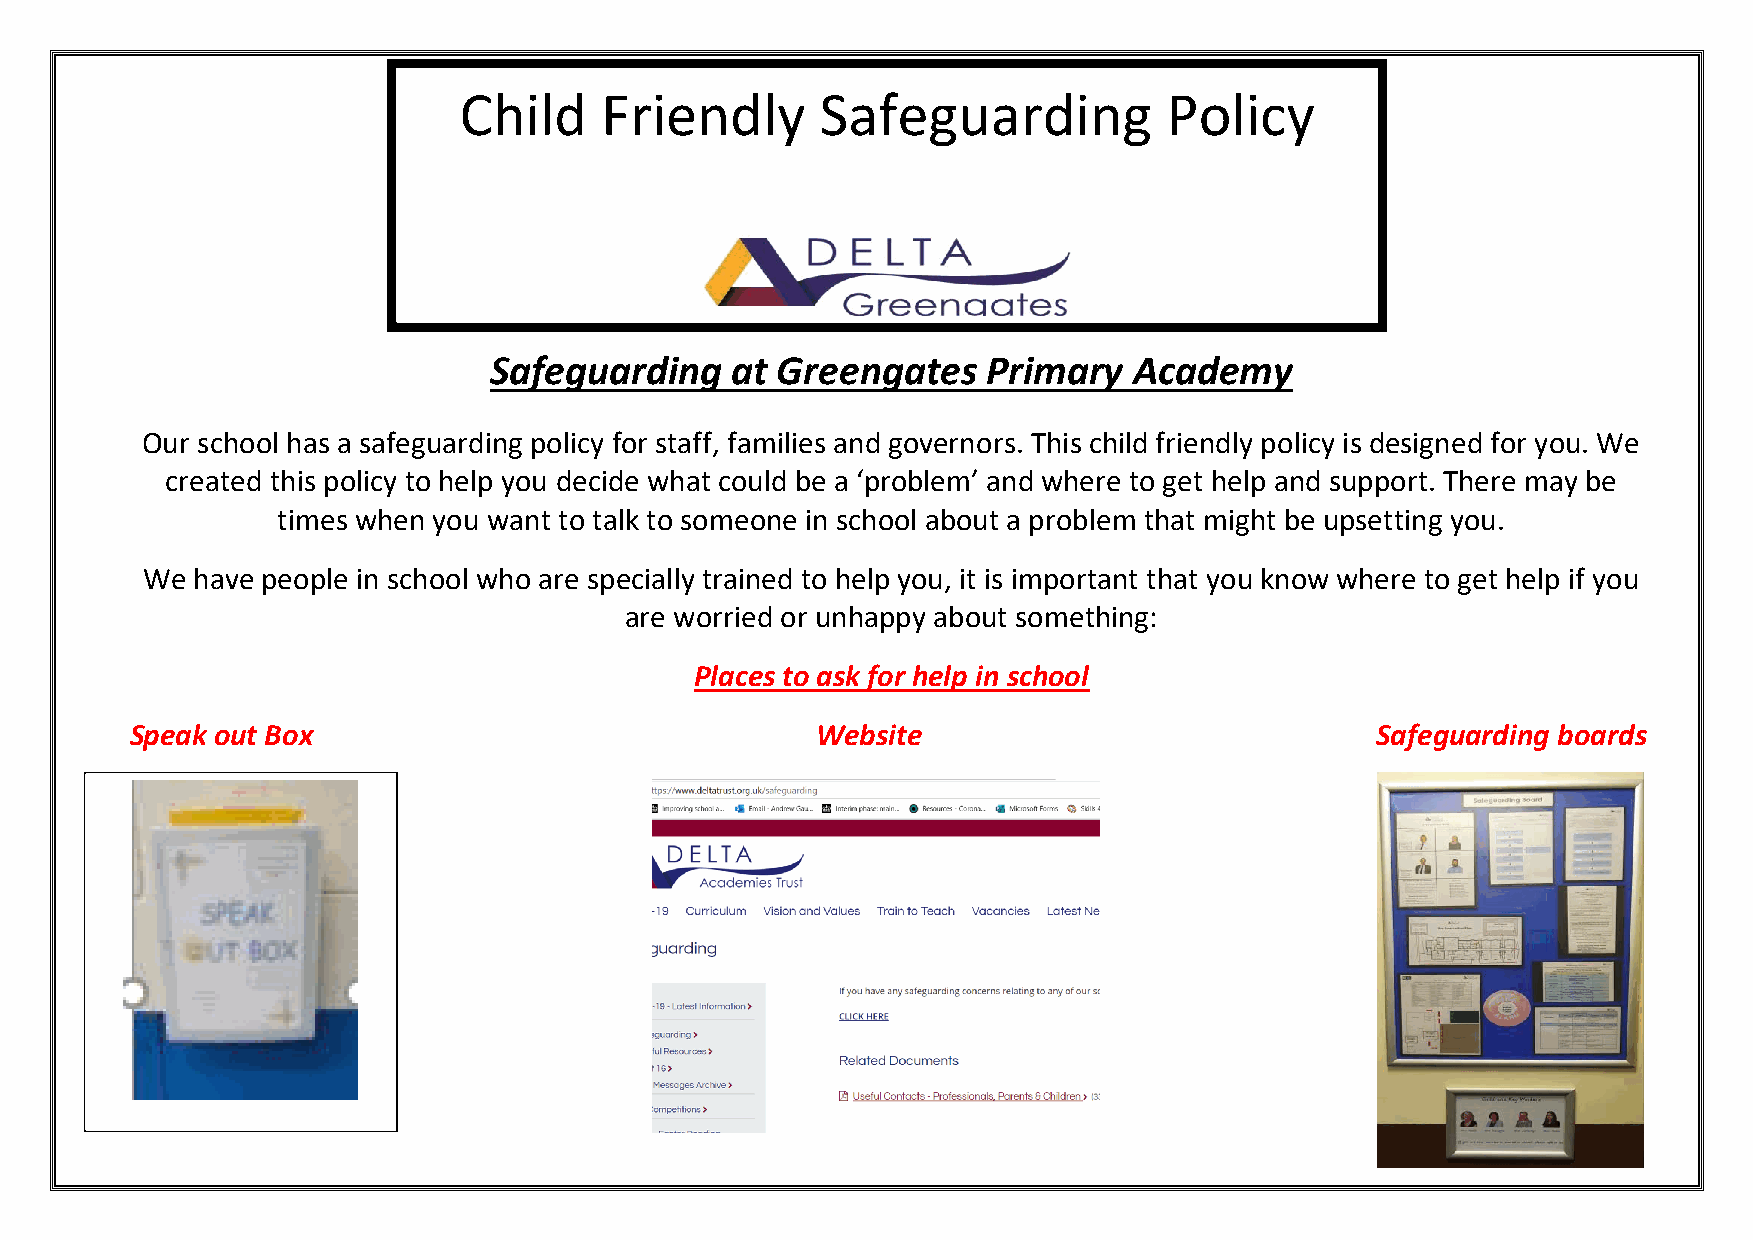
Child     Friendly      Safeguarding           Policy
 Safeguarding    at Greengates    Primary   Academy
 Our school has a safeguarding policy for staff, families and governors. This child friendly policy is designed for you. We
 created this policy to help you decide what could be a ‘problem’ and where to get help and support. There may be
 times when you want to talk to someone in school about a problem that might be upsetting you.
 We  have people in school who are specially trained to help you, it is important that you know where to get help if you
 are worried or unhappy about something:
 Places to ask for help in school
 Speak out Box                                Website                              Safeguarding boards
 Where can you get help?